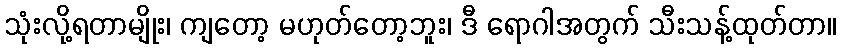
သုံးလို့ရတာမျိုး၊ ကျတော့ မဟုတ်တော့ဘူး၊ ဒီ ရောဂါအတွက် သီးသန့်ထုတ်တာ။